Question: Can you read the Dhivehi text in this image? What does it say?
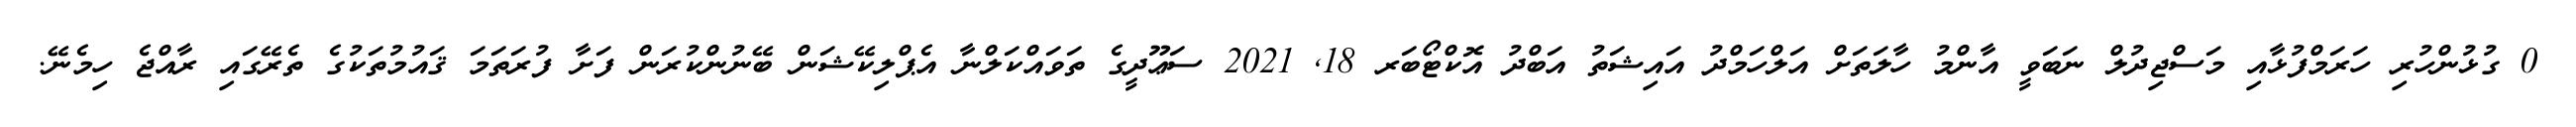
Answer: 0 ގުޅުންހުރި ހަރަމްފުޅާއި މަސްޖިދުލް ނަބަވީ އާންމު ހާލަތަށް އަލްހަމްދު އައިޝަތު އަބްދު އޮކްޓޯބަރ 18, 2021 ސަޢޫދީގެ ތަވައްކަލްނާ އެޕްލިކޭޝަން ބޭނުންކުރަން ފަށާ ފުރަތަމަ ޤައުމުތަކުގެ ތެރޭގައި ރާއްޖެ ހިމެނޭ.